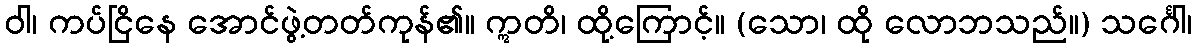
ဝါ၊ ကပ်ငြိနေ အောင်ဖွဲ့တတ်ကုန်၏။ ဣတိ၊ ထို့ကြောင့်။ (သော၊ ထို လောဘသည်။) သင်္ဂေါ၊